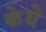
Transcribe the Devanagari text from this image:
केथे